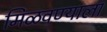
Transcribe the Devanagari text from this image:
मिळवण्याला